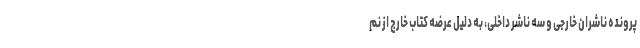
پرونده ناشران خارجی و سه ناشر داخلی، به دلیل عرضه کتاب خارج از نم